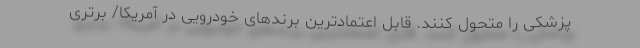
پزشکی را متحول کنند. قابل اعتمادترین برندهای خودرویی در آمریکا/ برتری